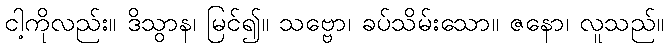
ငါ့ကိုလည်း။ ဒိသွာန၊ မြင်၍။ သဗ္ဗော၊ ခပ်သိမ်းသော။ ဇနော၊ လူသည်။